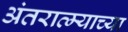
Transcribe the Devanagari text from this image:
अंतरात्म्याच्या